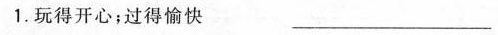
1.玩得开心；过得愉快 ___